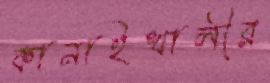
কানাইখালীর